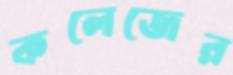
কলেজের